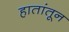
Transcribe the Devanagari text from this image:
हातांतून